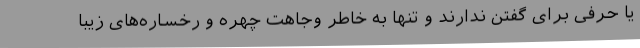
یا حرفی برای گفتن ندارند و تنها به خاطر وجاهت چهره و رخساره‌های زیبا